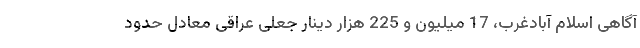
آگاهی اسلام آبادغرب، 17 میلیون و 225 هزار دینار جعلی عراقی معادل حدود